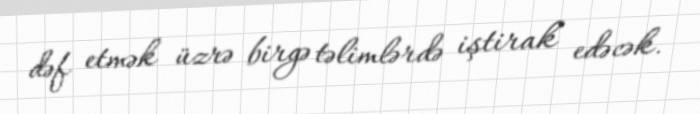
dəf etmək üzrə birgə təlimlərdə iştirak edəcək.